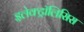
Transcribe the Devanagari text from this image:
इलेक्ट्रॉलिसिस